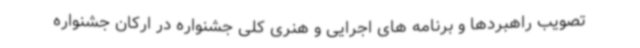
تصویب راهبردها و برنامه های اجرایی و هنری کلی جشنواره در ارکان جشنواره